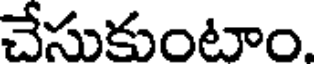
చేసుకుంటాం.